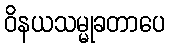
ဝိနယသမ္မုခတာပေ